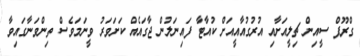
ގްރޫޕް ސީއިން ޗިލީއަށާއި އުރުގުއާއީއަށް ކުއާޓާ ފައިނަލުން ޖާގައެއް ކަށަވަރު ވީނަމަވެސް ތިންވަނާގައިވާ